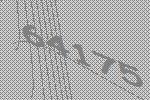
64175